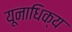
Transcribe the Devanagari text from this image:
यूनाधिक्य